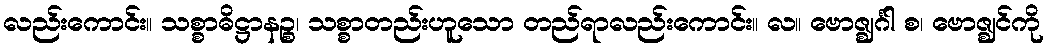
လည်းကောင်း။ သစ္စာဓိဋ္ဌာနဉ္စ၊ သစ္စာတည်းဟူသော တည်ရာလည်းကောင်း။ လ။ ဗောဇ္ဈင်္ဂါ စ၊ ဗောဇ္ဈင်ကို